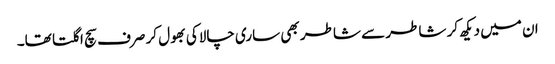
ان میں دیکھ کر شاطر سے شاطر بھی ساری چالاکی بھول کر صرف سچ اگلتا تھا۔